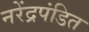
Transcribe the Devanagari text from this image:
नरेंद्रपंडित